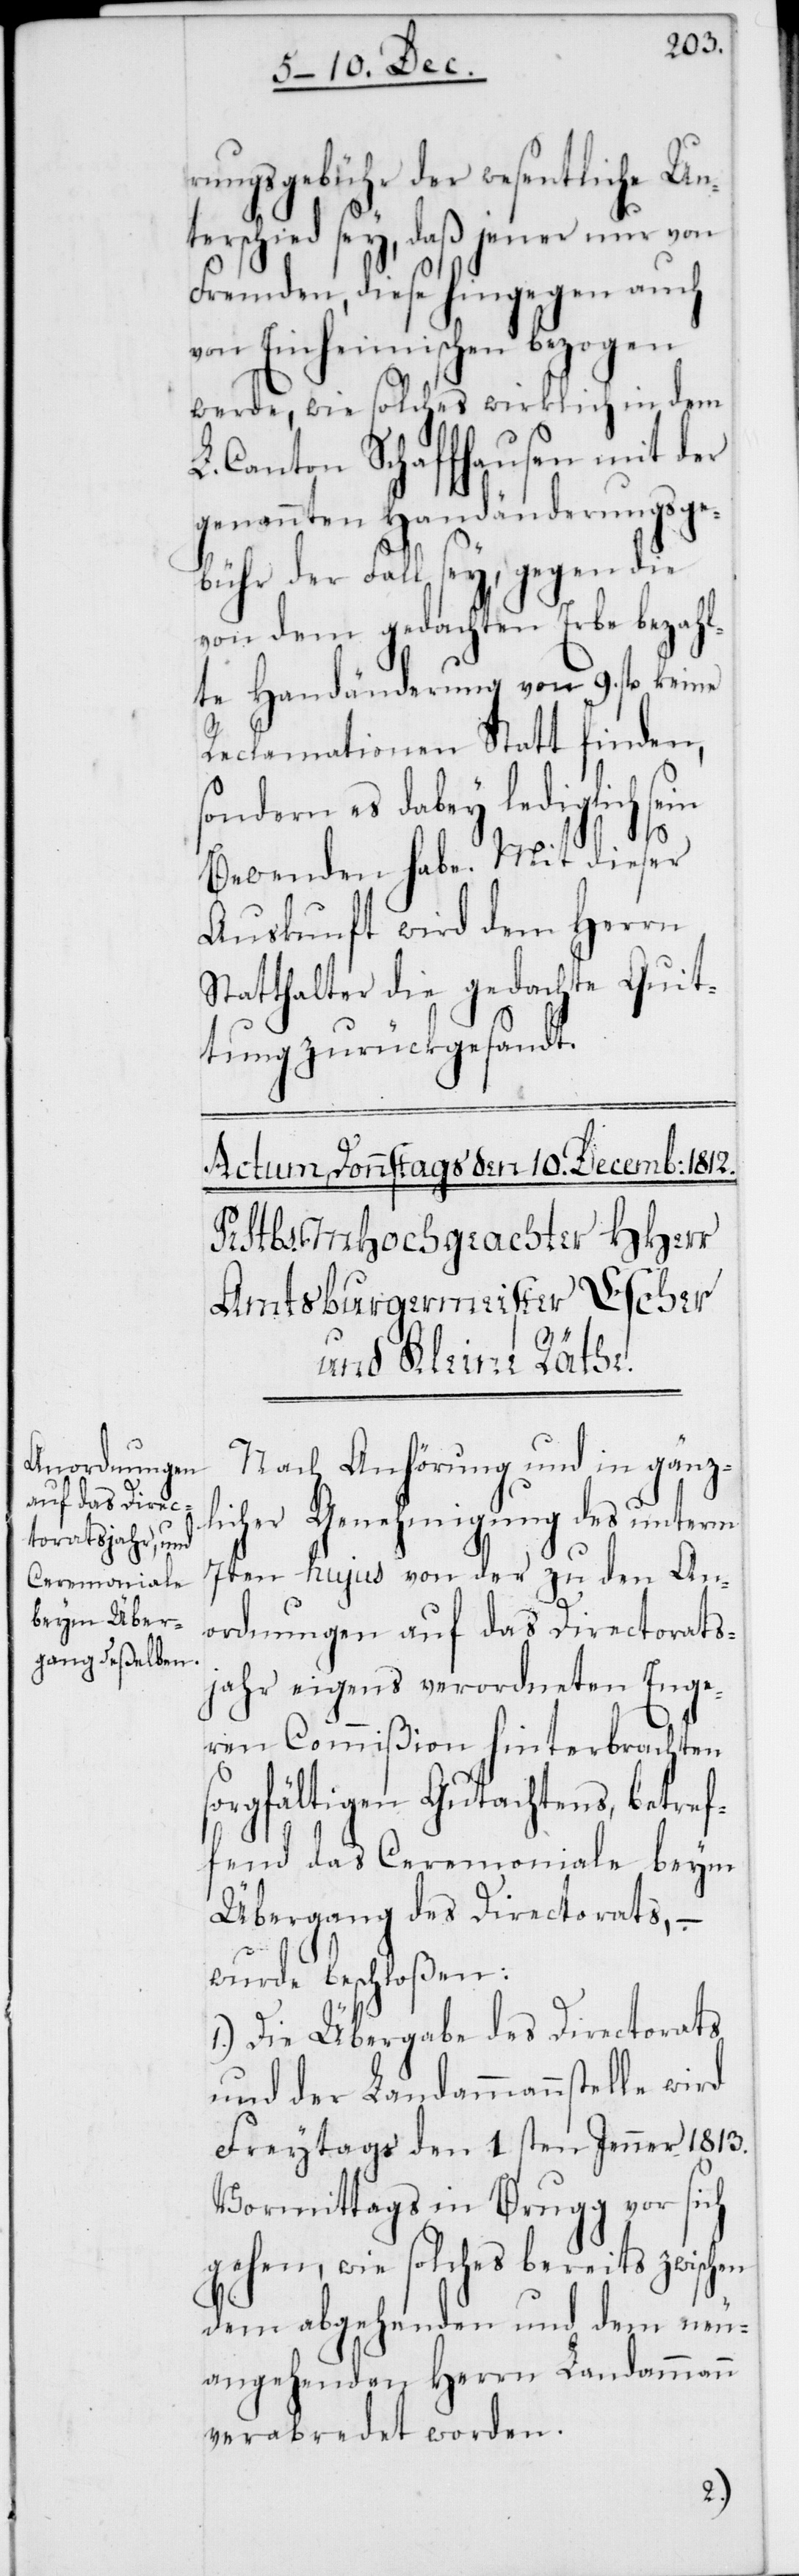
rungsgebühr der wesentliche Un¬
terschied sey, daß jener nur von
Fremden, diese hingegen auch
von Einheimischen bezogen
werde, wie solches wirklich in dem
L. Canton Schafhausen mit der
genannten Handänderungsge¬
bühr der Fall sey, gegen die
von dem gedachten Erbe bezah¬
lte Handänderung von 9. fl. keine
Reclamationen Statt finden,
sondern es dabey lediglich sein
Bewenden habe. Mit dieser
Auskunft wird dem Herrn
Statthalter die gedachte Quit¬
tung zurückgesandt.
Nach Anhörung und in gänz¬
licher Genehmigung des unterm
7ten hujus von der zu den An¬
ordnungen auf das Directorats¬
jahr eigens verordneten Enge¬
ren Commißion hinterbrachten
sorgfältigen Gutachtens, betref¬
fend das Ceremoniale beym
Übergang des Directorats, –
wurde beschloßen:
1.) Die Übergabe des Directorats
und der Landammannstelle wird
Freytags den 1sten Jenner 1813.
Vormittags in Brugg vor sich
gehen, wie solches bereits zwischen
dem abgehenden und dem neu¬
angehenden Herrn Landammann
verabredet worden.